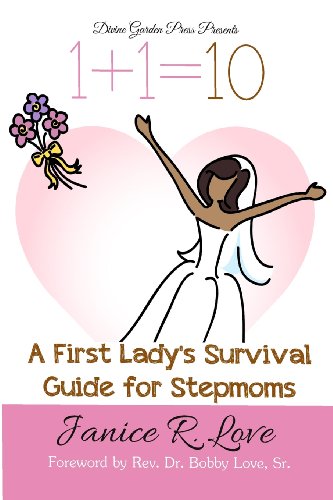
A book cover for One Plus One Equals Ten: A First Lady's Survival Guide for Stepmoms; Janice R. Love; Parenting & Relationships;